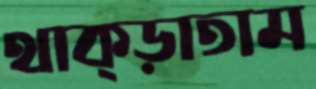
থাক্‌ড়াতাম